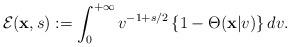
LaTeX: \begin{align*}\mathcal{E}(\mathbf{x},s):=\int_{0}^{+\infty}v^{-1+s/2} \left\lbrace 1-\Theta(\mathbf{x}\vert v)\right\rbrace dv .\end{align*}